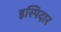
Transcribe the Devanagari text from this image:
इस्पिदार